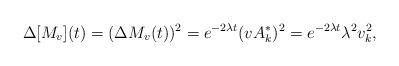
LaTeX: \begin{align*}\Delta[M_v](t)=(\Delta M_v(t))^2=e^{-2\lambda t}(vA^*_k)^2=e^{-2\lambda t}\lambda^2v_{k}^2,\end{align*}